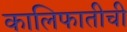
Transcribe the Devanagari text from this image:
कालिफातीची